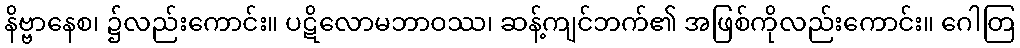
နိဗ္ဗာနေစ၊ ၌လည်းကောင်း။ ပဋိလောမဘာဝဿ၊ ဆန့်ကျင်ဘက်၏ အဖြစ်ကိုလည်းကောင်း။ ဂေါတြ